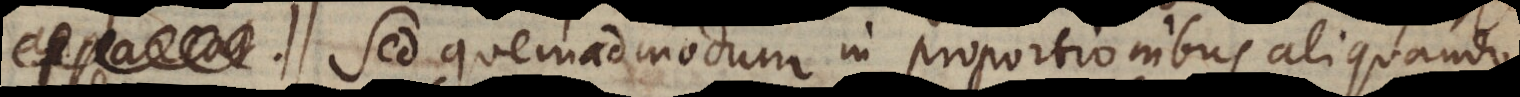
Sed quemadmodum in proportionibus aliquando